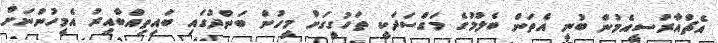
އެޗްއާރުސީއެމުން ބުނީ އެތަން ބެލުމުގެ މަގްސަދަކީ ތަހުގީގަށް މީހުން ބަންދުގައި ބައިތިއްބާއިރު އެމީހުންނަށް